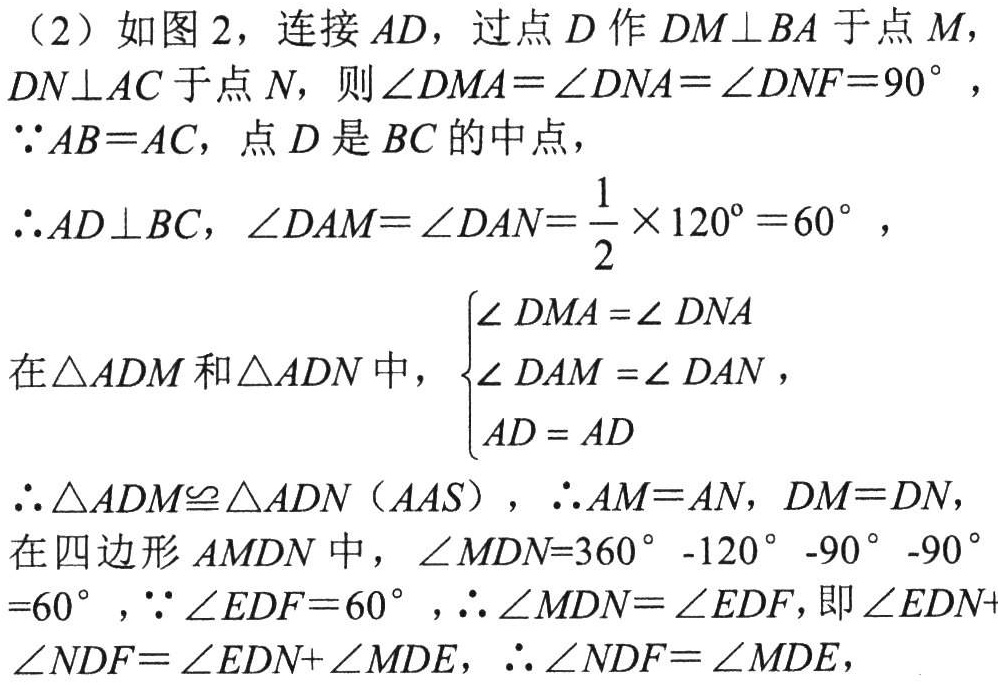
（2）如图2，连接\(AD\)，过点\(D\)作\(DM\perp BA\)于点\(M\)，\(DN\perp AC\)于点\(N\)，则\(\angle DMA = \angle DNA=\angle DNF = 90^{\circ}\)，
\(\because AB = AC\)，点\(D\)是\(BC\)的中点，
\(\therefore AD\perp BC\)，\(\angle DAM=\angle DAN=\frac{1}{2}\times120^{\circ}=60^{\circ}\)，
在\(\triangle ADM\)和\(\triangle ADN\)中，\(\begin{cases}
\angle DMA=\angle DNA\\
\angle DAM=\angle DAN\\
AD = AD
\end{cases}\)
\(\therefore\triangle ADM\cong\triangle ADN(AAS)\)，\(\therefore AM = AN\)，\(DM = DN\)，
在四边形\(AMDN\)中，\(\angle MDN = 360^{\circ}-120^{\circ}-90^{\circ}-90^{\circ}=60^{\circ}\)，\(\because\angle EDF = 60^{\circ}\)，\(\therefore\angle MDN=\angle EDF\)，即\(\angle EDN+\angle NDF=\angle EDN+\angle MDE\)，\(\therefore\angle NDF=\angle MDE\)，